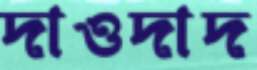
দাওদাদ